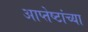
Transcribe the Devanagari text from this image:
आप्‍तेष्टांच्या